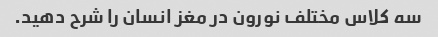
سه کلاس مختلف نورون در مغز انسان را شرح دهید.